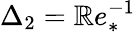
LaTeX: \Delta_{2}=\mathbb{R}e_{*}^{-1}